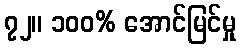
၇၂။ ၁၀၀% အောင်မြင်မှု